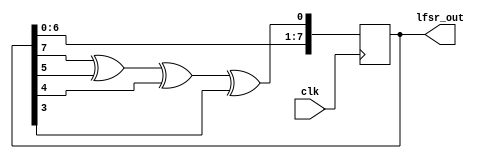
module LFSR (
  input clk,
  output [7:0] lfsr_out
);

  reg [7:0] lfsr_reg = 8'b00000011;
  wire [0:0] feedback;

  always @(posedge clk) begin
     lfsr_reg <= {lfsr_reg[6:0], feedback};
  end

  assign feedback = lfsr_reg[7] ^ lfsr_reg[5] ^ lfsr_reg[4] ^ lfsr_reg[3];

  assign lfsr_out = lfsr_reg;

endmodule